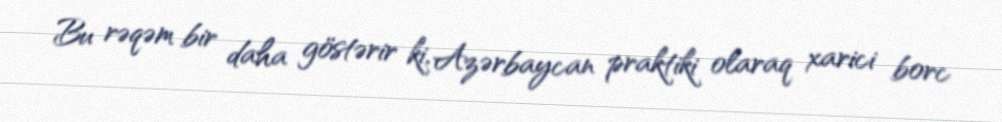
Bu rəqəm bir daha göstərir ki, Azərbaycan praktiki olaraq xarici borc